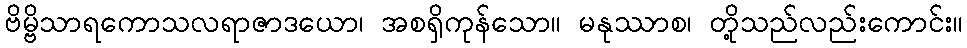
ဗိမ္ဗိသာရကောသလရာဇာဒယော၊ အစရှိကုန်သော။ မနုဿာစ၊ တို့သည်လည်းကောင်း။